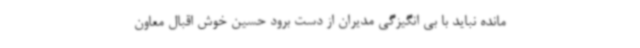
مانده نباید با بی انگیزگی مدیران از دست برود حسین خوش اقبال معاون